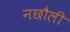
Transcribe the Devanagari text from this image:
नछौली